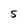
Character: 5